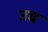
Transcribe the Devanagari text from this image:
उघ